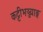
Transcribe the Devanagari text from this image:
कट्टीभञ्ज्याङ्ग